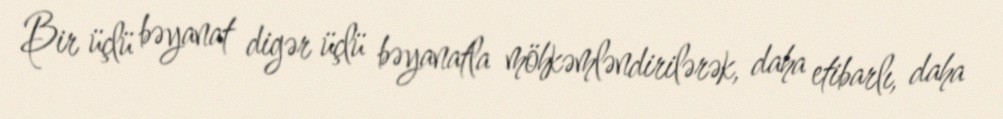
Bir üçlü bəyanat digər üçlü bəyanatla möhkəmləndirilərək, daha etibarlı, daha